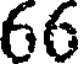
66